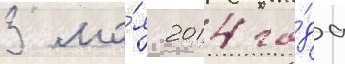
3 ма́я 2014 го́да